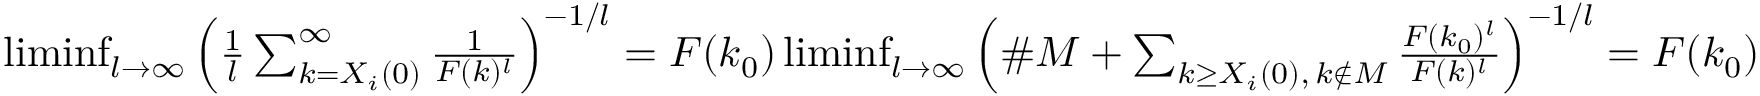
\begin{array} { r } { \operatorname* { l i m i n f } _ { l \to \infty } \left( \frac 1 l \sum _ { k = X _ { i } ( 0 ) } ^ { \infty } \frac { 1 } { F ( k ) ^ { l } } \right) ^ { - 1 / l } = F ( k _ { 0 } ) \operatorname* { l i m i n f } _ { l \to \infty } \left( \# M + \sum _ { k \ge X _ { i } ( 0 ) , \, k \notin M } \frac { F ( k _ { 0 } ) ^ { l } } { F ( k ) ^ { l } } \right) ^ { - 1 / l } = F ( k _ { 0 } ) } \end{array}